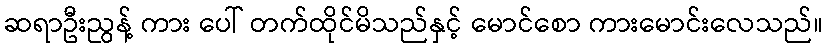
ဆရာဦးညွန့် ကား ပေါ် တက်ထိုင်မိသည်နှင့် မောင်စော ကားမောင်းလေသည်။